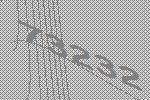
73232